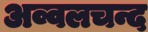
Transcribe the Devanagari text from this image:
अव्वलचन्द